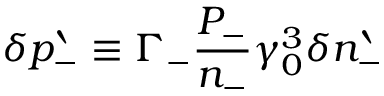
\delta p _ { - } ^ { \backprime } \equiv \Gamma _ { - } \frac { P _ { - } } { n _ { - } } \gamma _ { 0 } ^ { 3 } \delta n _ { - } ^ { \backprime }